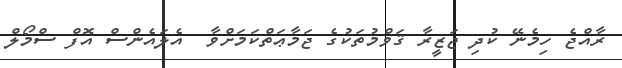
ރާއްޖެ ހިމެނޭ ކުދި ޖަޒީރާ ޤަވްމުތަކުގެ ޖަމާޢަތްކަމަށްވާ  އެލައެންސް އޮފް ސްމޯލް